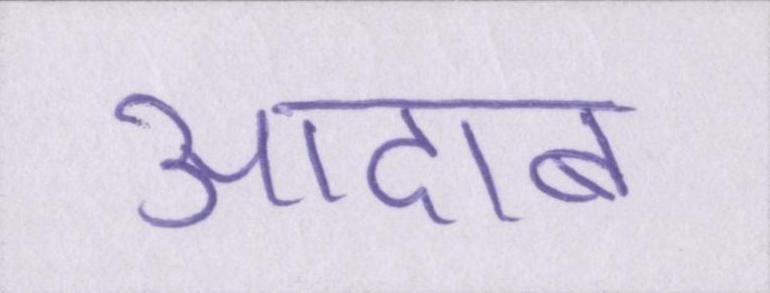
आदाब